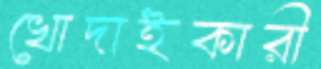
খোদাইকারী